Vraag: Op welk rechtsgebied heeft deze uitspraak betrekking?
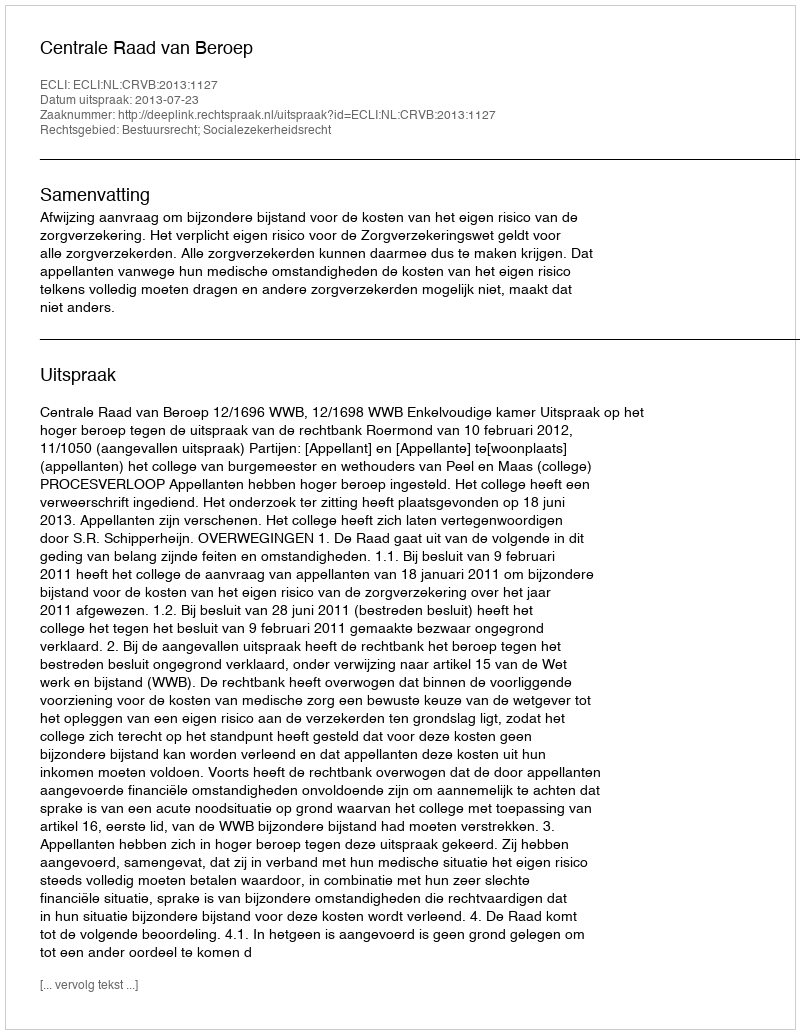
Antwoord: Bestuursrecht; Socialezekerheidsrecht